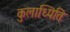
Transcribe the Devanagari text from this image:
कुलाध्पिति